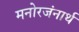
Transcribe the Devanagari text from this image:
मनोरजंनार्थ